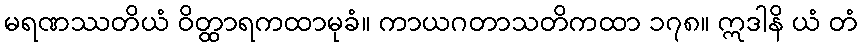
မရဏဿတိယံ ဝိတ္ထာရကထာမုခံ။ ကာယဂတာသတိကထာ ၁၇၈။ ဣဒါနိ ယံ တံ